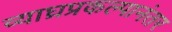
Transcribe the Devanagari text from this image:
व्याघ्रप्रकल्पानंतर